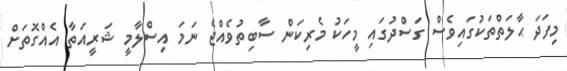
މިފަދަ ޙާލަތްތަކުގައިވެސް ގަސްދުގައި މީހަކު މެރިކަން ސާބިތުވެއްޖެ ނަމަ އިސްލާމީ ޝަރީއަތާ އެއްގޮތަށް